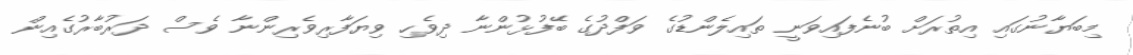
މިބަޔާނުގައި އިތުރަށް ބުނެފައިވަނީ ތައިލެންޑުގެ ވަފްދުގެ ބޭފުޅުންނާ ދިވެހި ވިޔަފާރިވެރިންނާ ވެސް ދަރުބާރުގެއިން